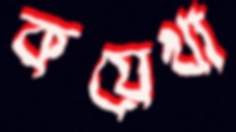
কয়েখা